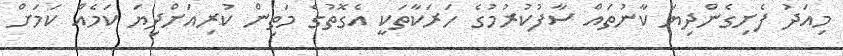
މިއަދު ފެށިގެންދިޔަ ކާނުތައް ސާފުކުރުމުގެ ހަރަކާތަކީ އެގޮތުގެ މަތިން ކުރިއަށްދިޔަ ކަމެއް ކަމަށް